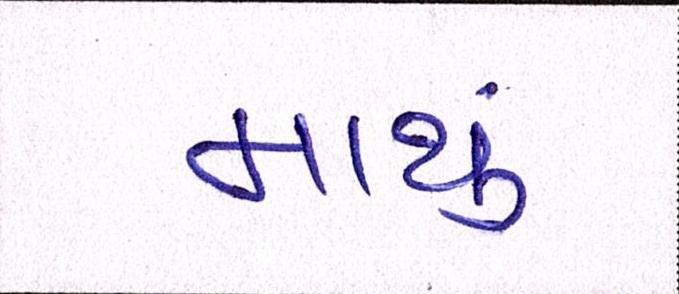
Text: માથું